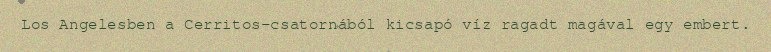
Los Angelesben a Cerritos-csatornából kicsapó víz ragadt magával egy embert.